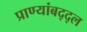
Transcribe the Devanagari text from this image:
प्राण्यांबद्द्ल